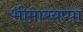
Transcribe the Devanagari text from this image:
भीमारयप्पा